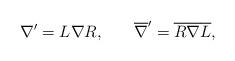
LaTeX: \begin{align*}\nabla ^{\prime }=L\nabla R,\hspace{0.3in}\overline{\nabla}^{\prime }= \overline{R}\overline{\nabla }\overline{L},\end{align*}